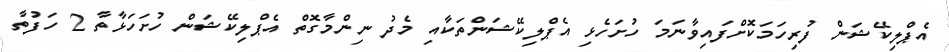
އެޕްލިކޭޝަން ފުރިހަމަކޮށްފައިވާނަމަ ހުށަހެޅި އެޕްލިކޭޝަންތަކާއި މެދު ނިންމާގޮތް އެޕްލިކޭޝަން ހުށަހަޅާތާ 2 ހަފުތާ